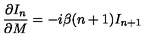
{ \frac { \partial I _ { n } } { \partial M } } = - i \beta ( n + 1 ) I _ { n + 1 }